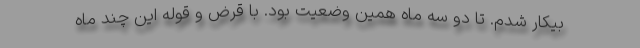
بیکار شدم. تا دو سه ماه همین وضعیت بود. با قرض و قوله این چند ماه